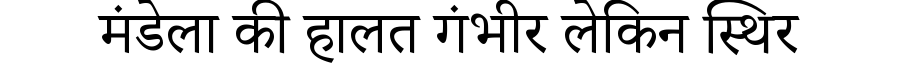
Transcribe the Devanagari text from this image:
मंडेला की हालत गंभीर लेकिन स्थिर